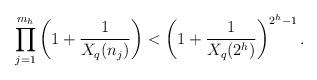
LaTeX: \begin{align*}\prod_{j=1}^{m_h} \left(1 + \frac{1}{X_q(n_j)} \right) &< \left(1 + \frac{1}{X_q(2^h)} \right)^{2^h-1} . \end{align*}